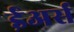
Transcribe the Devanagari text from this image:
ईअर्स